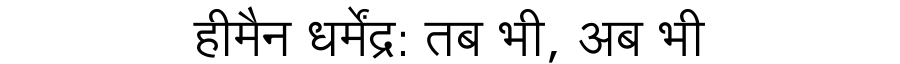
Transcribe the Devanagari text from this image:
हीमैन धर्मेंद्र: तब भी, अब भी